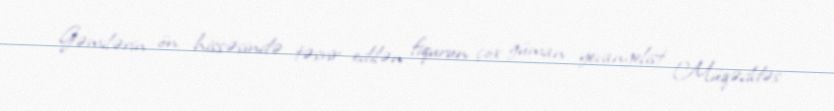
Gəmilərin ön hissəsində təsvir edilən fiqurun çox güman yevangelist Müqəddəs